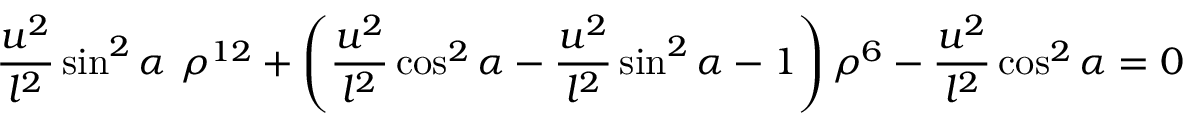
{ \frac { u ^ { 2 } } { l ^ { 2 } } } \sin ^ { 2 } \alpha ~ \rho ^ { 1 2 } + \left( { \frac { u ^ { 2 } } { l ^ { 2 } } } \cos ^ { 2 } \alpha - { \frac { u ^ { 2 } } { l ^ { 2 } } } \sin ^ { 2 } \alpha - 1 \right) \rho ^ { 6 } - { \frac { u ^ { 2 } } { l ^ { 2 } } } \cos ^ { 2 } \alpha = 0